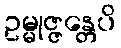
ဥမ္မုဇ္ဇန္တေပိ